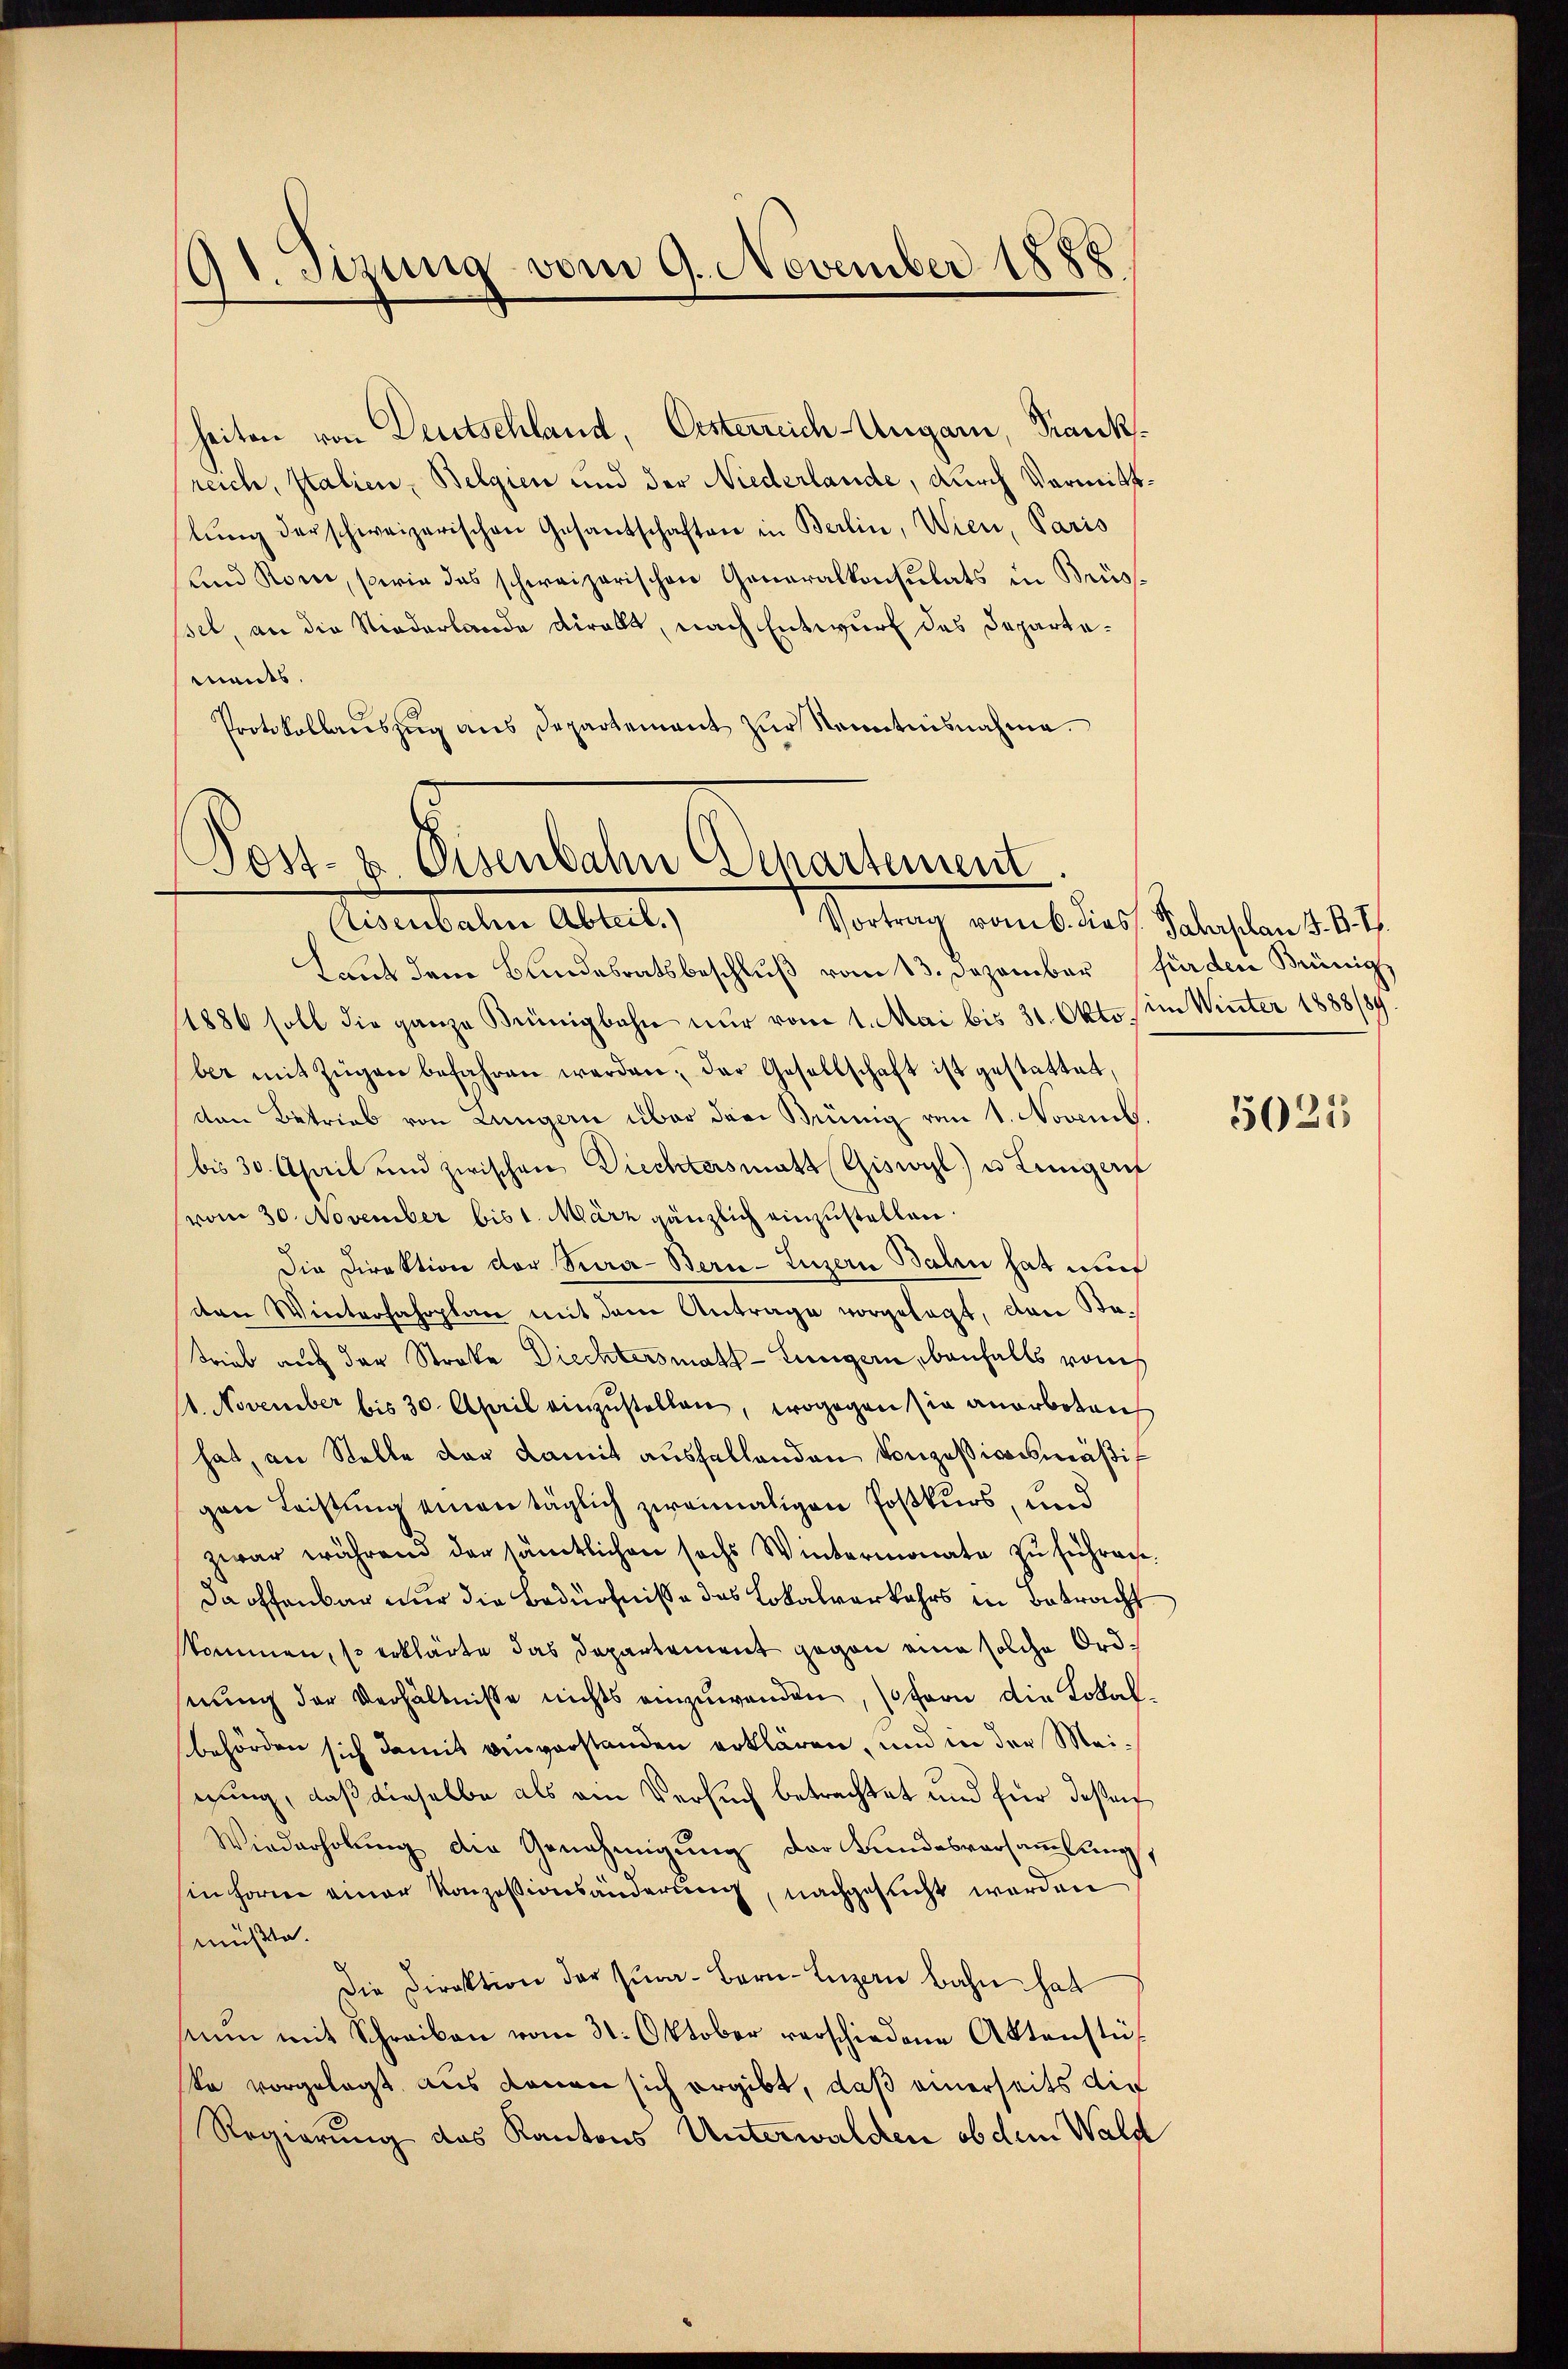
d. Sizung vom 9. November 1888
)

heiten von Deutschland, Oesterreich Ungarn, Krankreich, Italien, Belgien und der Niederlande, durch Vormittlŭng der schweizerischen Gesantschaften in Berlin, Wien, Paris
und Rom, sowie das schweizerischen Generalkonsulats in Brüs-
sel, an die Niederlande direkt, nach Entwurf des Departamants.
Protokollaŭszŭg ans Departement zŭr Kenntnisnahme.

Post- & Eisenbahn Departement
Risenbahne Abteil.)

Vortrag vom 6. dies Jahrplan 8. B. Th.
Laut dem Bundesratsbeschluß vom 13. Dezember für den Brünig,
(1886 soll die ganze Brünigbahn nur vom 1. Mai bis 31. Okto (im Winter 1888/84
ber mit Zügen befahren werden; der Gesellschaft ist gestattet,
den Betrieb von Lungern über den Brünig vom 1. Novemb.
bis 30. April und zwischen Diechtersmatt (Giswyl) u. Linigerf
(vom 30. November bis 1. März gänzlich einzustellen.
Die Direktion der Sura-Beri-Luzern Balin hat mit
den Winterfahrplan mit dem Antrage vorgelegt, den Sotrieb auch der Strobe Diechtersmath- Lungern, benfalls vom
1. November bis 30. April einzustellen, wogegen sie anerbeteich
hat, an Stelle der damit ausfallenden Konzessionsmäßigen Leistung einen täglich zweimaligen Postkurs, und
zwar während der sämtlichen sechs Wintermonate zŭ führen.
da offenbar nur die Bedürfniße des Lokalverkehrs in Betracht
kommen, so erklärte das Departement gegen eine solche Ordserung der Verhältnisse nichts einzuwenden, so fern die Lokalbehörden sich damit einverstanden erklären, und in der Meigung, daß dieselbe als am Versuch betrachtet und für deßen
Wiederholung die Genehmigung der Bundesversammlung
(in Forme einer Konzessionsänderung, nachgesucht werden
müßte.
Die Direktion der Jura - Bern Luzern Bahn hat
nŭm mit Schreiben vom 31. Oktober verschiedene Aktenstü
ke vorgelegt aus denen sich ergibt, daß einerseits die
Regierung des Kantons Unterwalden ob dem Wald

5025